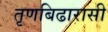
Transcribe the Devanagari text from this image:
तृणबिढारासी